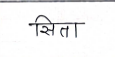
मजकूर: सिता